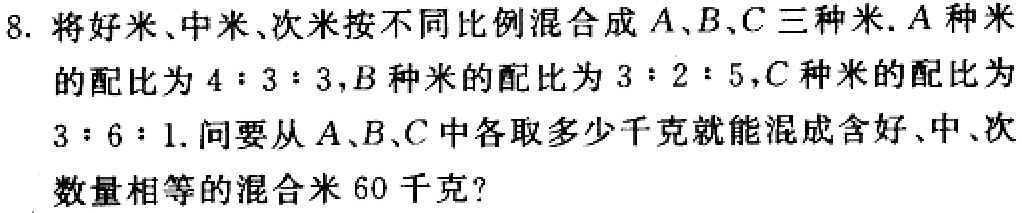
8. 将好米、中米、次米按不同比例混合成\(A\)、\(B\)、\(C\)三种米.\(A\)种米的配比为\(4:3:3\)，\(B\)种米的配比为\(3:2:5\)，\(C\)种米的配比为\(3:6:1\). 问要从\(A\)、\(B\)、\(C\)中各取多少千克就能混成含好、中、次数量相等的混合米\(60\)千克?